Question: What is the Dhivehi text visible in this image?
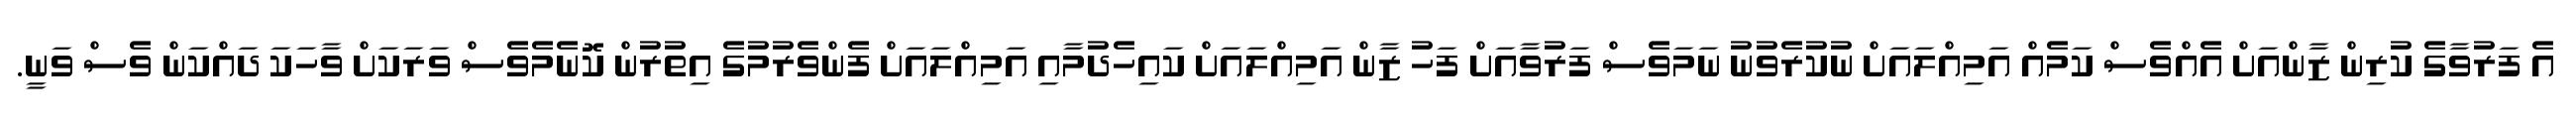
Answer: އެ ފަރުވާގެ ކުރިން ޒާންއަށް އެއްވެސް ކަމެއް އަމިއްލައަށް ނުކުރެވުނު ނަމަވެސް ފަރުވާއަށް ފަހު ޒާން އަމިއްލައަށް ކައިހެދުމާއި އަމިއްލައަށް ފެންވެރުމުގެ އިތުރުން ކޮނެމެވެސް ވަރަކަށް ވާހަކަ ދައްކަން ވެސް ވަނީ.